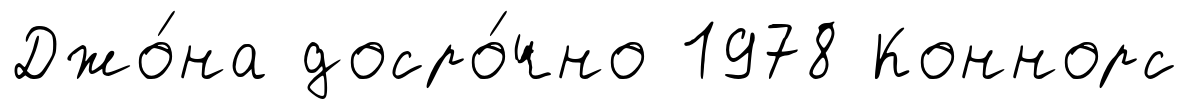
Джо́на досро́чно 1978 Коннорс